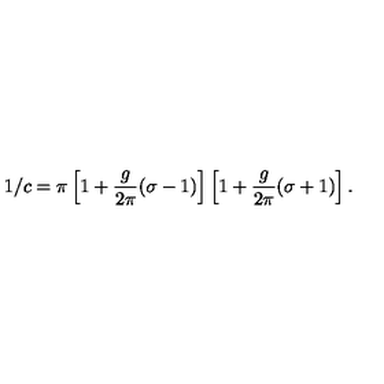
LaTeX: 1 / c = \pi \left[ 1 + \frac { g } { 2 \pi } ( \sigma - 1 ) \right] \left[ 1 + \frac { g } { 2 \pi } ( \sigma + 1 ) \right] .